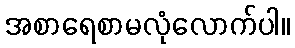
အစာရေစာမလုံလောက်ပါ။